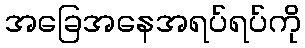
အခြေအနေအရပ်ရပ်ကို